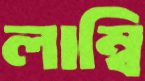
লাম্বি